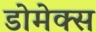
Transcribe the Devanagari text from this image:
डोमेक्स